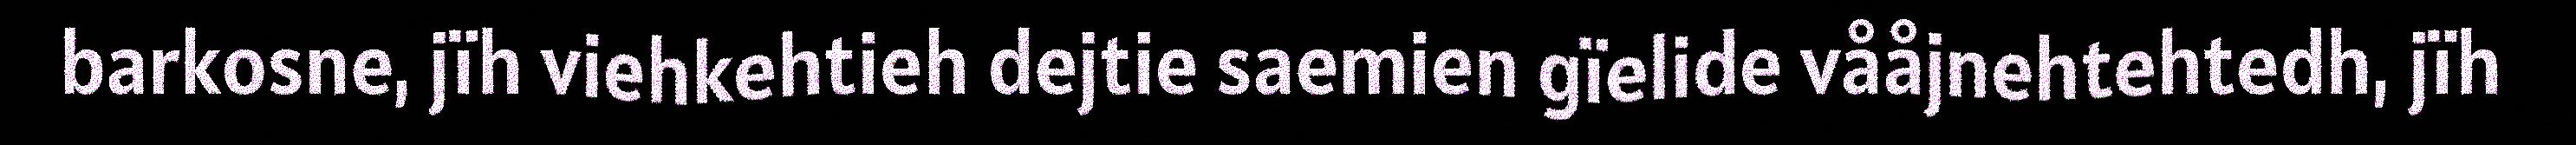
barkosne, jïh viehkehtieh dejtie saemien gïelide vååjnehtehtedh, jïh